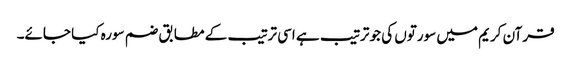
قرآن کریم میں سورتوں کی جو ترتیب ہے اسی ترتیب کے مطابق ضم سورہ کیا جائے۔